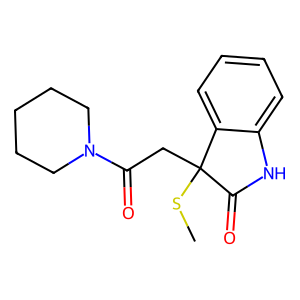
SMILES: CSC1(CC(=O)N2CCCCC2)C(=O)Nc2ccccc21
Inhibits HIV replication: No